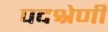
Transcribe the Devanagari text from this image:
पदश्रेणी